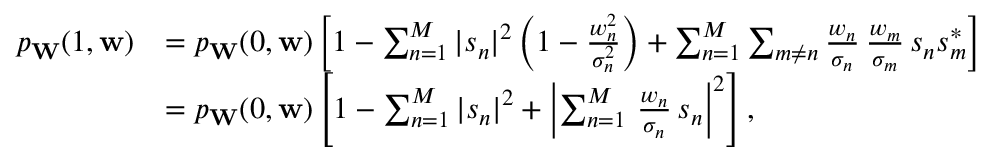
\begin{array} { r l } { p _ { \mathbf { W } } ( 1 , \mathbf { w } ) } & { = p _ { \mathbf { W } } ( 0 , \mathbf { w } ) \left[ 1 - \sum _ { n = 1 } ^ { M } | s _ { n } | ^ { 2 } \left( 1 - \frac { w _ { n } ^ { 2 } } { \sigma _ { n } ^ { 2 } } \right) + \sum _ { n = 1 } ^ { M } \sum _ { m \neq n } \frac { w _ { n } } { \sigma _ { n } } \, \frac { w _ { m } } { \sigma _ { m } } \, s _ { n } s _ { m } ^ { * } \right] } \\ & { = p _ { \mathbf { W } } ( 0 , \mathbf { w } ) \left[ 1 - \sum _ { n = 1 } ^ { M } | s _ { n } | ^ { 2 } + \left| \sum _ { n = 1 } ^ { M } \, \frac { w _ { n } } { \sigma _ { n } } \, s _ { n } \right| ^ { 2 } \right] , } \end{array}